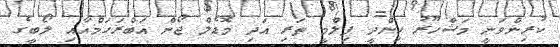
ކުރިންވަނީ މަޝްހޫރު ހިންދީ ފިލްމީ ތަރި އަދި މޮޑެލް ޖޯން އަބްރަހަމްއާއި ލޯބީގެ